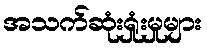
အသက်ဆုံးရှုံးမှုများ